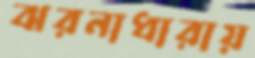
ঝরনাধারায়